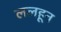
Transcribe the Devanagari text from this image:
ललहून